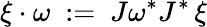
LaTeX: \xi\cdot\omega\ :=\ J\omega^{*}J^{*}\, \xi